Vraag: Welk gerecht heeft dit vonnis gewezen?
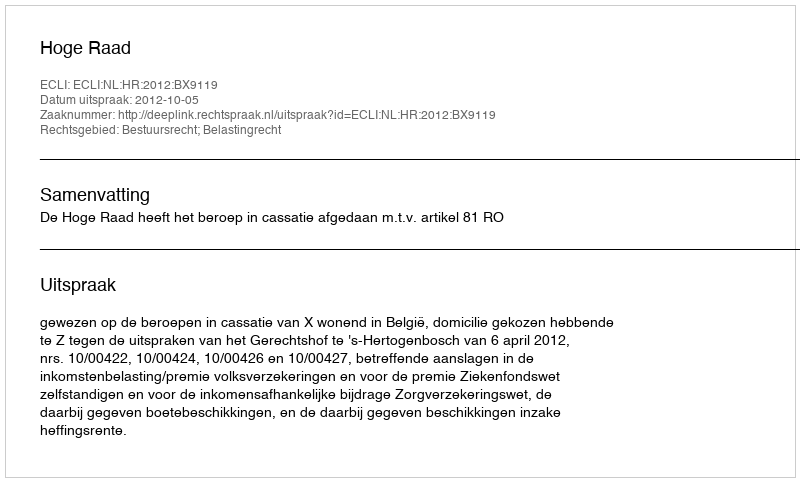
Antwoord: Hoge Raad